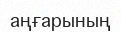
аңғарының